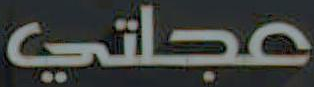
عجلتي